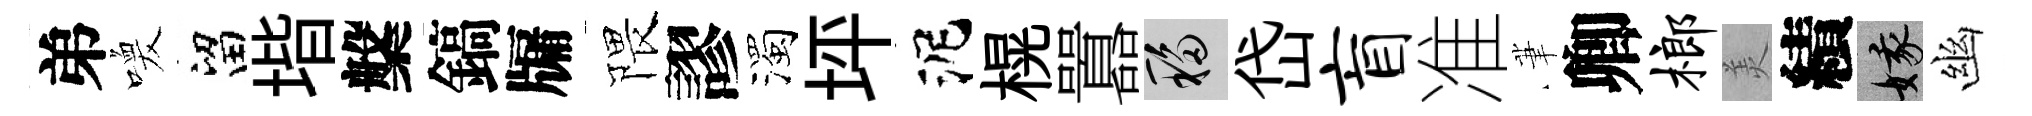
弟喚留堦槃鎬牖隈謬濁坪泥榥囂移岱盲准茟卿榔羙績娥幽